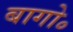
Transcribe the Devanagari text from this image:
बागो॰